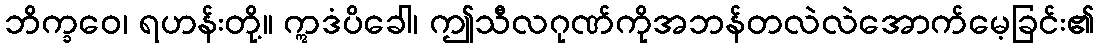
ဘိက္ခဝေ၊ ရဟန်းတို့။ ဣဒံပိခေါ၊ ဤသီလဂုဏ်ကိုအဘန်တလဲလဲအောက်မေ့ခြင်း၏